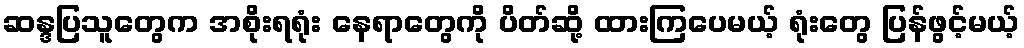
ဆန္ဒပြသူတွေက အစိုးရရုံး နေရာတွေကို ပိတ်ဆို့ ထားကြပေမယ့် ရုံးတွေ ပြန်ဖွင့်မယ့်